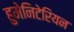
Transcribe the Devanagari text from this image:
हुमेनिटेरियन